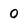
Character: 0